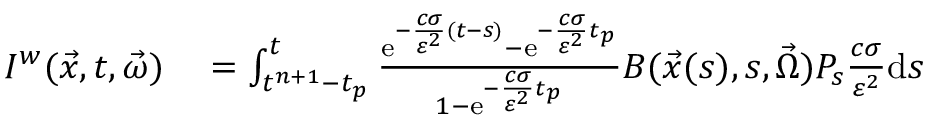
\begin{array} { r l } { I ^ { w } ( \vec { x } , t , \vec { \omega } ) } & { { } = \int _ { t ^ { n + 1 } - t _ { p } } ^ { t } \frac { \mathrm { e } ^ { - \frac { c \sigma } { \varepsilon ^ { 2 } } ( t - s ) } - \mathrm { e } ^ { - \frac { c \sigma } { \varepsilon ^ { 2 } } t _ { p } } } { 1 - \mathrm { e } ^ { - \frac { c \sigma } { \varepsilon ^ { 2 } } t _ { p } } } B ( \vec { x } ( s ) , s , \vec { \Omega } ) P _ { s } \frac { c \sigma } { \varepsilon ^ { 2 } } \mathrm { d } s } \end{array}